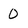
Character: 0